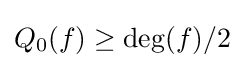
Q_{0}(f)\geq \deg(f)/2